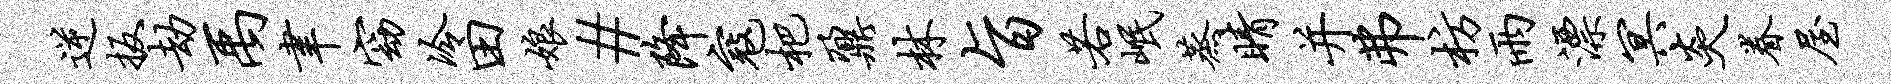
逆扳劫禹聿窈冷田娘#降寇杷鼐林旨若岷蒸睛并弗枋雨漂冥炎眷屋